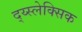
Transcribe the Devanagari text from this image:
द्य्स्लेक्सिक